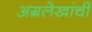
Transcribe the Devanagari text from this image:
अग्रलेखांची